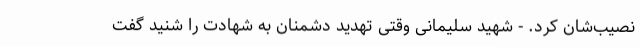
نصیب‌شان کرد. - شهید سلیمانی وقتی تهدید دشمنان به شهادت را شنید گفت